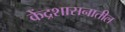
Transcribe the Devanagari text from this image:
केंद्रशासनातील